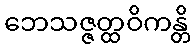
ဘေသဇ္ဇတ္ထဝိကန္တိ